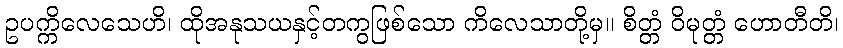
ဥပက္ကိလေသေဟိ၊ ထိုအနုသယနှင့်တကွဖြစ်သော ကိလေသာတို့မှ။ စိတ္တံ ဝိမုတ္တံ ဟောတီတိ၊